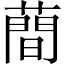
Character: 蕳